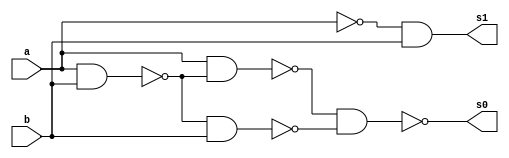
// ---------------------
// Guia03_03 - Meia Diferena NAND
// Nome: Bruno Cezar Andrade Viallet
// ---------------------

// ---------------------
// -- module halfsubtractor
// ---------------------

module halfsubtractor (s0, s1, a, b);
 output s0, s1;
 input  a, b;
 wire s2,s3,s4,s5,s6,s7;
 
 nand nandgate1 (s2, a, b);
 nand nandgate7 (s6, a, a);
 nand nandgate2 (s7, s6, b);
 nand nandgate8 (s1, s7, s7);
 nand nandgate3 (s3, a, b);
 nand nandgate4 (s4, a, s3);
 nand nandgate5 (s5, s3, b);
 nand nandgate6 (s0, s4, s5);

endmodule // halfsubtractor

// ---------------------
// -- test halfsubtractor
// ---------------------

module testhalfsubtractor;
 reg   a, b;             
 wire  s0, s1;
          // instancia
 halfsubtractor hs1 (s0, s1, a, b);

 initial begin:start
      a=0; b=0;
 end

          // parte principal
 initial begin:main
      $display("Guia03_03 - Bruno Cezar Andrade Viallet - 396679");
      $display("\nTest Half-Subtractor NAND");
      $display("\n a & b = s0 s1\n");
      $monitor(" %b & %b = %b %b", a, b, s0, s1);
  #1  a=0; b=1; 
  #1  a=1; b=0; 
  #1  a=1; b=1; 
  
 end

endmodule // testhalfsubtractor